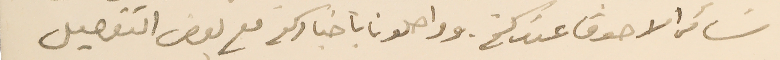
سَائر الاصدقا عندكم. وواصلونا باخباركم مع بعض التفصيل